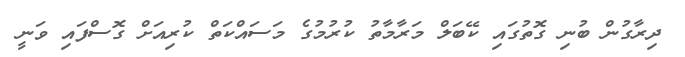
ދިރާގުން ބުނި ގޮތުގައި ކޭބަލް މަރާމާތު ކުރުމުގެ މަސައްކަތް ކުރިއަށް ގޮސްފައި ވަނީ